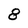
Character: 8